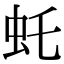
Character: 虴